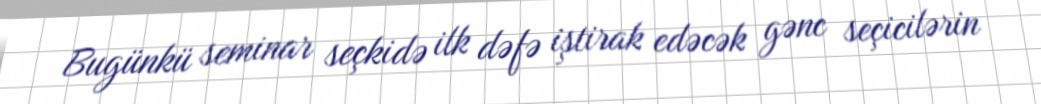
Bugünkü seminar seçkidə ilk dəfə iştirak edəcək gənc seçicilərin